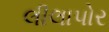
લીલાપોર